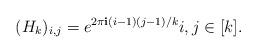
LaTeX: \begin{align*}(H_k)_{i, j} = e^{2 \pi \mathbf{i}(i-1)(j-1)/k} i,j\in [k].\end{align*}